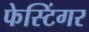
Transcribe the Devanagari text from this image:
फेस्टिंगर